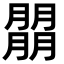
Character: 朤